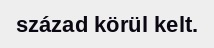
század körül kelt.